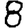
Digit: 8